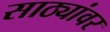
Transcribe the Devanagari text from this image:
साठ्यांवर